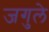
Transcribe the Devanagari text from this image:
जगुले